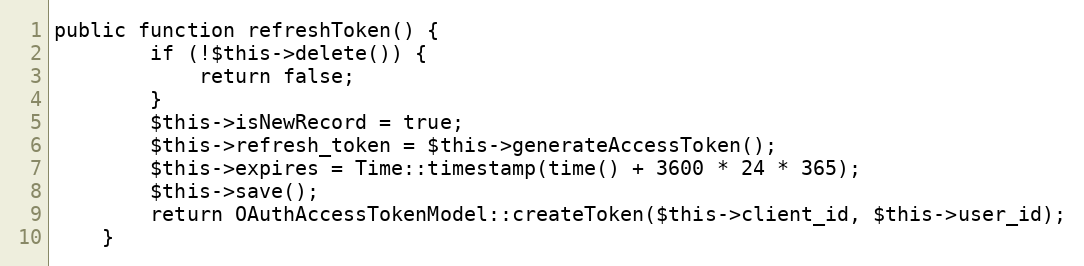
Language: PHP
public function refreshToken() {
        if (!$this->delete()) {
            return false;
        }
        $this->isNewRecord = true;
        $this->refresh_token = $this->generateAccessToken();
        $this->expires = Time::timestamp(time() + 3600 * 24 * 365);
        $this->save();
        return OAuthAccessTokenModel::createToken($this->client_id, $this->user_id);
    }